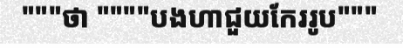
"""ថា """"បងហាជួយកែររូប"""